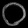
Digit: ၀